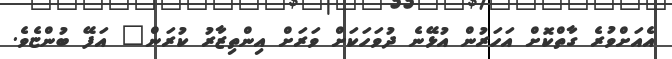
އެއަށްވުރެ ގާތްކޮށް އަހަރުން އުޅޭނެ ދުވަހަކަށް ވަރަށް އިންތިޒާރު ކުރަން" އަފޭ ބުންޏެވެ.